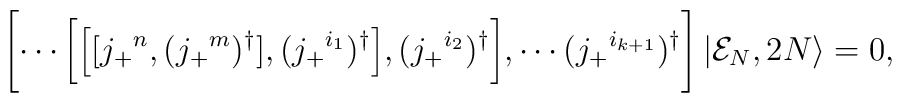
\Biggl [ \cdots \biggl [ \Bigl [ [j_+{}^n,   (j_+{}^m)^\dagger ], (j_+{}^{i_{1}})^\dagger \Bigr ], (j_+{}^{i_{2}})^\dagger \biggr ],\cdots (j_+{}^{i_{k+1}})^\dagger \Biggr] \left |{\cal E}_N,2N \right \rangle =0  ,